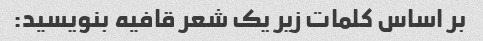
بر اساس کلمات زیر یک شعر قافیه بنویسید: